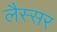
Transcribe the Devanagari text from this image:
लैस्सर